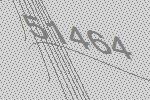
51464